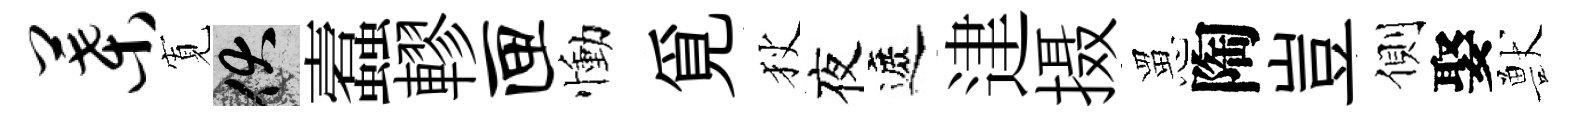
叶𡩖伏蠧轇匣慟覓狄夜遮䢖摄罳陶豈側娶獸